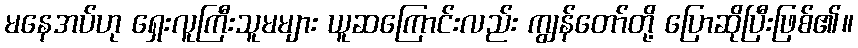
မနေအပ်ဟု ရှေးလူကြီးသူမများ ယူဆကြောင်းလည်း ကျွန်တော်တို့ ပြောဆိုပြီးဖြစ်၏။